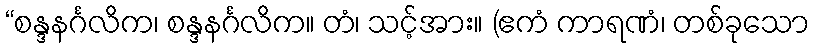
“စန္ဒနင်္ဂလိက၊ စန္ဒနင်္ဂလိက။ တံ၊ သင့်အား။ (ဧကံ ကာရဏံ၊ တစ်ခုသော